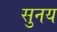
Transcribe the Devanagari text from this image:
सुनय